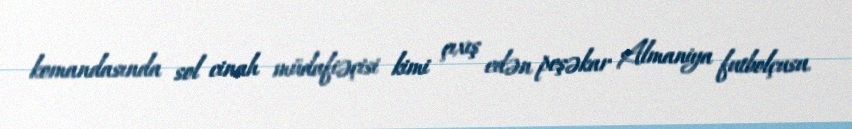
komandasında sol cinah müdafiəçisi kimi çıxış edən peşəkar Almaniya futbolçusu.